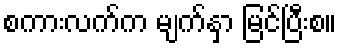
စကားလက်က မျက်နှာ မြင်ပြီးစ။